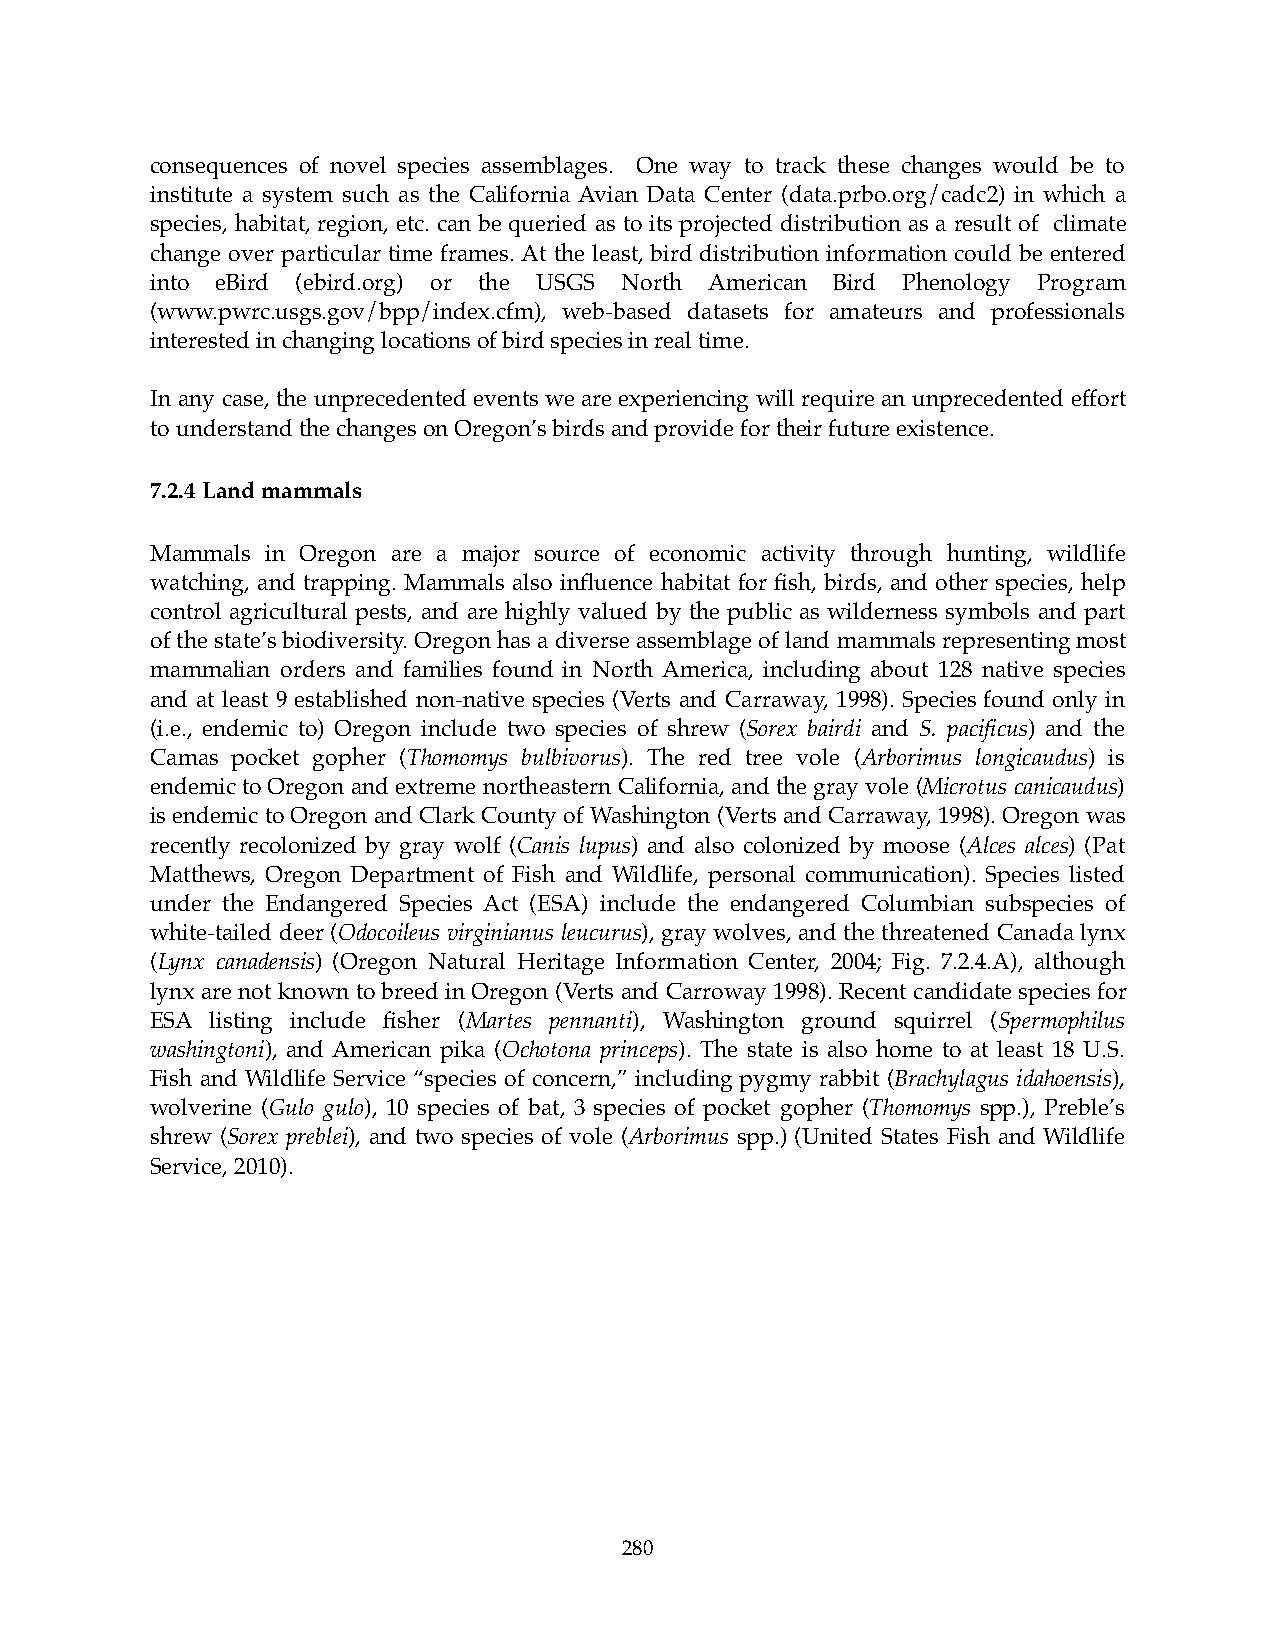
consequences of novel species assemblages. One way to track these changes would be to
 institute a system such as the California Avian Data Center (data.prbo.org/cadc2) in which a
 species, habitat, region, etc. can be queried as to its projected distribution as a result of climate
 change over particular time frames. At the least, bird distribution information could be entered
 into eBird (ebird.org) or the USGS North American Bird Phenology Program
 (www.pwrc.usgs.gov/bpp/index.cfm), web-based datasets for amateurs and professionals
 interested in changing locations of bird species in real time.
 In any case, the unprecedented events we are experiencing will require an unprecedented effort
 to understand the changes on Oregon’s birds and provide for their future existence.
 7.2.4 Land mammals
 Mammals in Oregon are a major source of economic activity through hunting, wildlife
 watching, and trapping. Mammals also influence habitat for fish, birds, and other species, help
 control agricultural pests, and are highly valued by the public as wilderness symbols and part
 of the state’s biodiversity. Oregon has a diverse assemblage of land mammals representing most
 mammalian orders and families found in North America, including about 128 native species
 and at least 9 established non-native species (Verts and Carraway, 1998). Species found only in
 (i.e., endemic to) Oregon include two species of shrew (Sorex bairdi and S. pacificus) and the
 Camas pocket gopher (Thomomys bulbivorus). The red tree vole (Arborimus longicaudus) is
 endemic to Oregon and extreme northeastern California, and the gray vole (Microtus canicaudus)
 is endemic to Oregon and Clark County of Washington (Verts and Carraway, 1998). Oregon was
 recently recolonized by gray wolf (Canis lupus) and also colonized by moose (Alces alces) (Pat
 Matthews, Oregon Department of Fish and Wildlife, personal communication). Species listed
 under the Endangered Species Act (ESA) include the endangered Columbian subspecies of
 white-tailed deer (Odocoileus virginianus leucurus), gray wolves, and the threatened Canada lynx
 (Lynx canadensis) (Oregon Natural Heritage Information Center, 2004; Fig. 7.2.4.A), although
 lynx are not known to breed in Oregon (Verts and Carroway 1998). Recent candidate species for
 ESA listing include fisher (Martes pennanti), Washington ground squirrel (Spermophilus
 washingtoni), and American pika (Ochotona princeps). The state is also home to at least 18 U.S.
 Fish and Wildlife Service “species of concern,” including pygmy rabbit (Brachylagus idahoensis),
 wolverine (Gulo gulo), 10 species of bat, 3 species of pocket gopher (Thomomys spp.), Preble’s
 shrew (Sorex preblei), and two species of vole (Arborimus spp.) (United States Fish and Wildlife
 Service, 2010).
 280